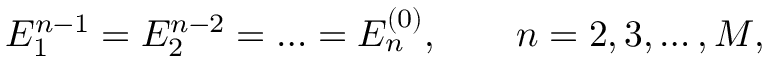
E _ { 1 } ^ { n - 1 } = E _ { 2 } ^ { n - 2 } = \ldots = E _ { n } ^ { ( 0 ) } , \qquad n = 2 , 3 , \ldots , M ,